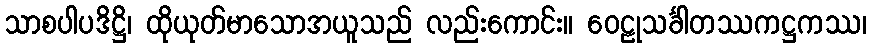
သာစပါပဒိဋ္ဌိ၊ ထိုယုတ်မာသောအယူသည် လည်းကောင်း။ ဝေဠုသင်္ခါတဿကဋ္ဌကဿ၊